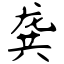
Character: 龚